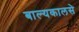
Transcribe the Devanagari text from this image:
बाल्यकालसे